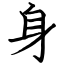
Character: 身